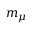
m _ { \mu }